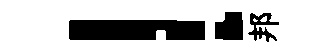
！邦